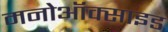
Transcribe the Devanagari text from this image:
मनोऑक्‍साइड